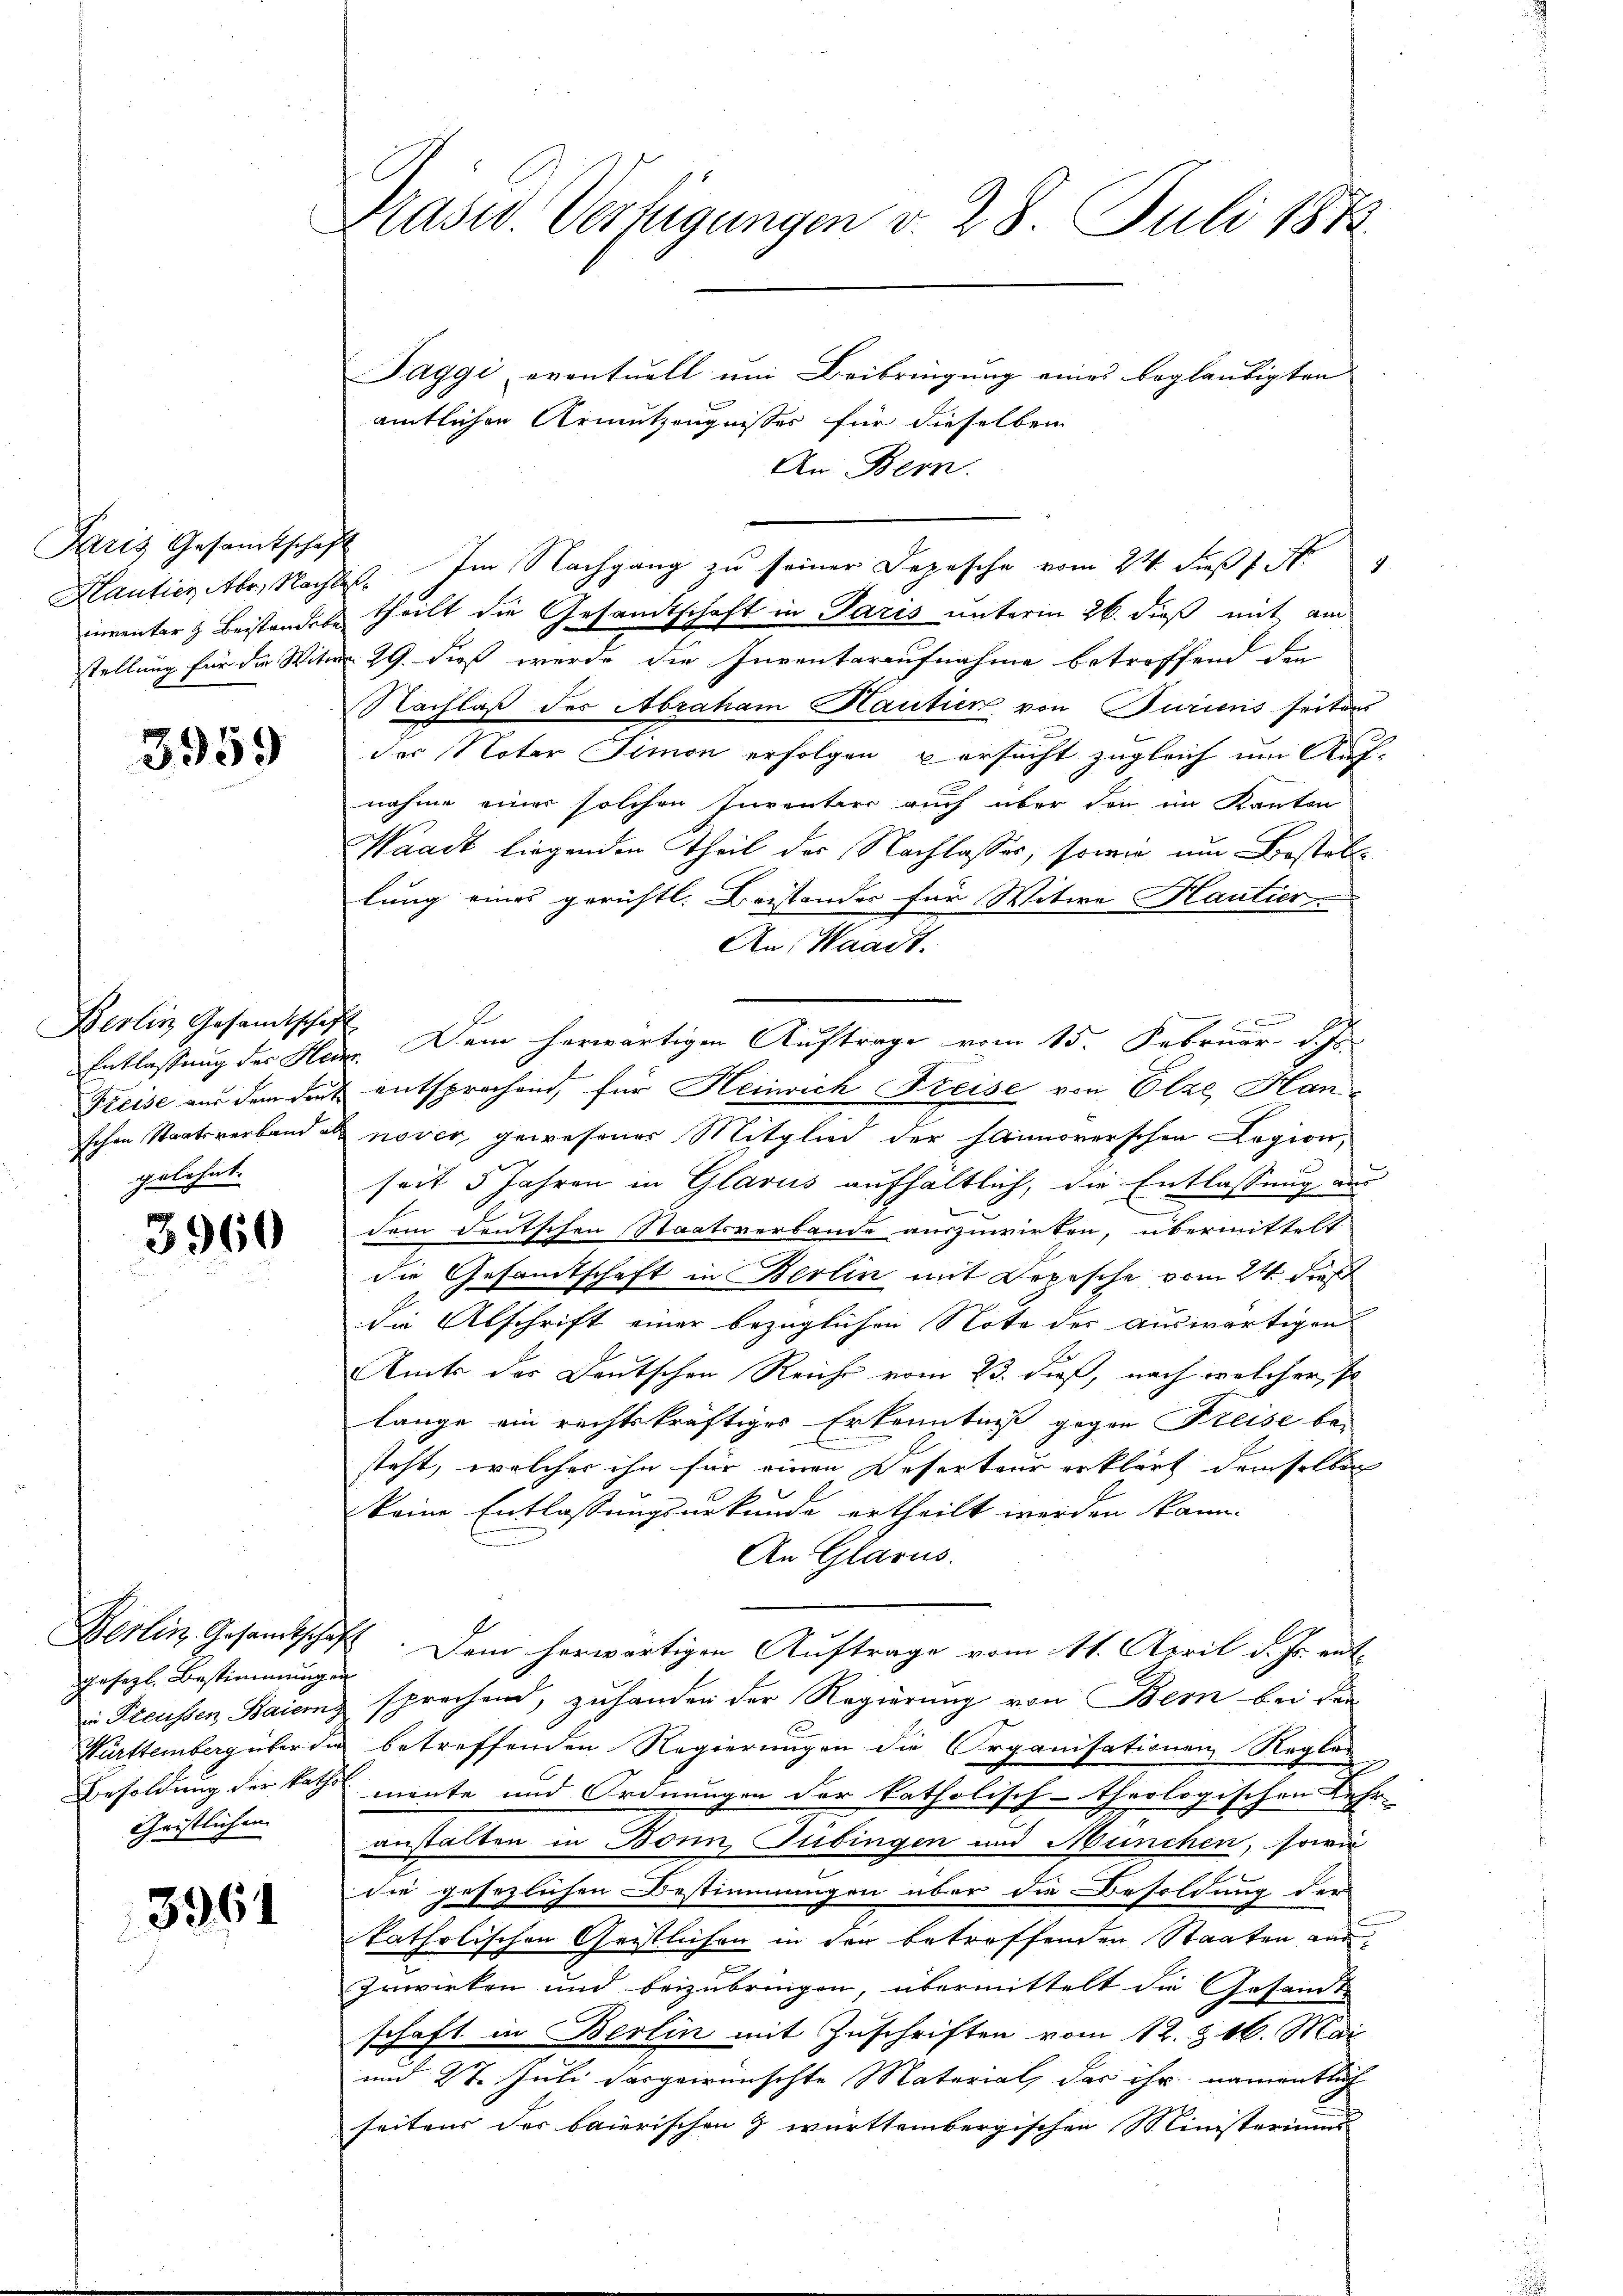
Paris Gesamtschaf
Hantier Abr., Nach
inventar z. Beistandebe
stellung für die Witwe

3959

Berlin Gesandtschaft
Preise aus dem Sent
schen Staatsverband als
gelehnt.

3960

gesezl. Bestimmungen
in Preussen Baierng
Besoldung der katho
Christlichen

3961

Kasw. Verfügungen v. 28. Juli 1873

Taggi eventuell um Beibringung eines beglaubigten
amtlichen Armutzeugnisses für dieselben
An Bern.
ist. Im Nachgang zu seiner Depesche vom 24. Fuß 1 N
theilt die Gesandtschaft in Paris unterm 26. dieß mit am
29. dieß wurde die Inventaraufnahme betreffend den
Nachlaß der Abraham Hautier von Turicus seitens
der Noter Simon erfolgen versucht zugleich um Aufnahme einer solchen Inventier auch über den im Kanton
Waadt liegenden Theil der Nachlasses, sowie um Bestelllung eines gerichtl. Beistandes für Witwe Kautier
An Waadt.
x
Entlassung der Herz. Dem herwärtigen Auftrage vom 15. Februar d. Js.
& entsprochend, für Heinrich Freise von Elze, Hannover, gewesener Mitglied der haimorerschen Legion,
seit 5 Jahren in Glarus aufhaltlich, die Entlassung aus
er
dem deutschen Staatsverbande auszuwirken, übermittelt
die Gesamtschaft in Berlin mit Depesche vom 24. dies
die Abschrift einer bezüglichen Note der auswärtigen
Amts des Deutschen Reichs vom 23. dieß, nach welcher, so
lange ein rechtskräftiges Erkenntniß gegen Freise be-
steht, welcher ihn für einen Deserteur erklärt demselben
keine Entlassungsurkunde ertheilt werden kann.
An Glarus.
Berlin Gesamtschaft. Dem herwärtigen Auftrage vom 11. April d. Js. entsprechend, zuhanden der Regierung von Bern bei den
Württemberg über die betreffenden Regierungen die Organisationen Regler
mente und Ordnungen der katholisch-theologischen Lehr-
anstalten in Bonn Tübingen und München, sowie
die gesezlichen Bestimmungen über die Besoldung der
katholischen Geistlichen in der betreffenden Staaten auszuwirken und beizubringen, übermittelt die Gesandt-
schaft in Berlin mit Zuschriften vom 12. & 16. Mai
und 27. Juli dargewünschte Material, das ihr namentlich
seitens der baierischen & württembergischen Ministeriums